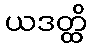
ယဒတ္ထိ